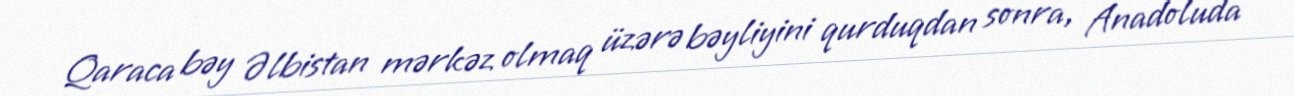
Qaraca bəy Əlbistan mərkəz olmaq üzərə bəyliyini qurduqdan sonra, Anadoluda